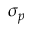
\sigma _ { p }